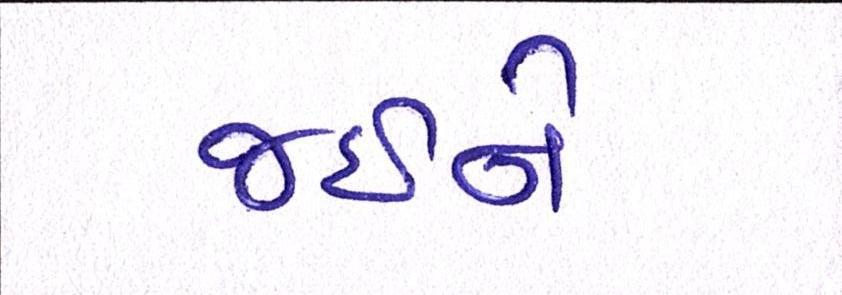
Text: જઈને